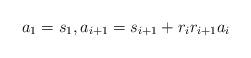
LaTeX: \begin{align*} a_1 = s_1, a_{i+1} = s_{i+1} + r_i r_{i+1} a_i\end{align*}